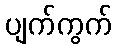
ပျက်ကွက်